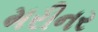
મરીનર